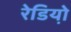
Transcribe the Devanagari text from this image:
रेडियो़